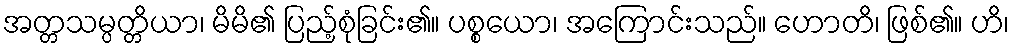
အတ္တသမ္ပတ္တိယာ၊ မိမိ၏ ပြည့်စုံခြင်း၏။ ပစ္စယော၊ အကြောင်းသည်။ ဟောတိ၊ ဖြစ်၏။ ဟိ၊